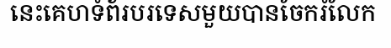
នេះគេហទំព័របរទេសមួយបានចែករំលែក